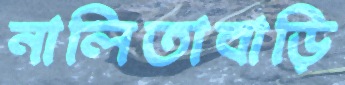
নালিতাবাড়ি